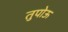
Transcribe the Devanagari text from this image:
तुपोऊ